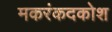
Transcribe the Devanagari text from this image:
मकरंकदकोश